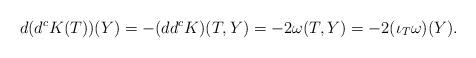
LaTeX: \begin{align*}d(d^cK(T))(Y)=-(dd^cK)(T,Y)=-2\omega(T,Y)=-2(\iota_T\omega)(Y).\end{align*}